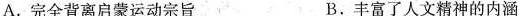
A.完全背离启蒙运动宗旨 B.丰富了人文精神的内涵